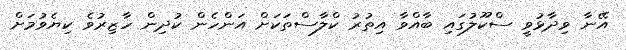
އޭނާ ވިދާޅުވީ ސްކޫލުގައި ބާއްވާ އިތުރު ކްލާސްތަކަށް އަންހެން ކުދިން ހާޒިރުވެ ކިޔެވުމަށް